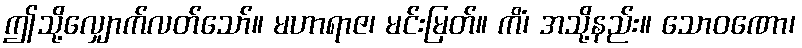
ဤသို့လျှောက်လတ်သော်။ မဟာရာဇ၊ မင်းမြတ်။ ကိံ၊ အသို့နည်း။ သောဝဏော၊